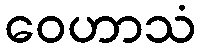
ဝေဟာသံ